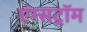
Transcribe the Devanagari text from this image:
एंग्सट्रॉम